Annual administration report of the Civil Veterinary Department of India - 1895-1896
Year: 1895
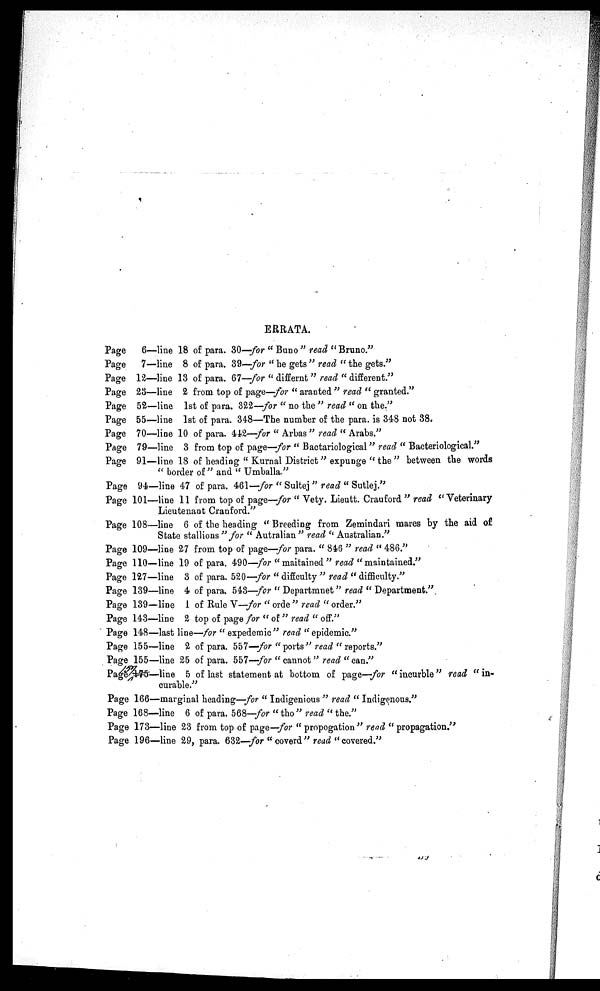
ERRATA.
Page
6—line 18 of para. 30—for "Buno" read "Bruno."
Page
7—line 8 of para. 39—for "he gets" read "the gets."
Page 12—line 13 of para. 67—for "differnt" read "different."
Page 23—line 2 from top of page—for "aranted" read "granted."
Page 52—line 1st of para. 322—for "no the" read "on the."
Page 55—line 1st of para. 348—The number of the para. is 348 not 38.
Page 70—line 10 of para. 442—for "Arbas" read "Arabs."
Page 79—line 3 from top of page—for "Bactariological" read "Bacteriological."
Page 91—line 18 of heading "Kurnal District" expunge "the"
between the words
"border of" and "Umballa"
Page 94—line 47 of para. 461—for "Sultej" read "Sutlej."
Page 101—line 11 from top of page—for "Vety. Lieutt. Crauford" read ''Veterinary
Lieutenant Cranford."
Page 108—line 6 of the heading "Breeding from Zemindari mares by the aid of
State stallions" for "Autralian" read "Australian."
Page 109—line 27 from top of page—for para. "846" read "486."
Page 110—line 19 of para. 490—for "maitained" read "maintained."
Page 127—line 3 of para. 520—for "diffculty" read "difficulty."
Page 139—line 4 of para. 543—for "Departmnet" read "Department."
Page 139—line 1 of Rule V—for "orde" read "order."
Page 143—line 2 top of page for "of" read "off."
Page 148—last line—for "expedemic" read "epidemic."
Page 155—line 2 of para. 557—for "ports" read "reports."
Page 155—line 25 of para. 557—for "cannot" read "can."
Page 175—line 5 of last statement at bottom of page—for "incurble" read "in-
curable."
Page 166—marginal heading—for "Indigenious" read "Indigenous."
Page 168—line 6 of para. 568—for "tho" read "the."
Page 173—line 23 from top of page—for "propogation" read "propagation."
Page 196—line 29, para. 632—for "coverd" read "covered."